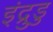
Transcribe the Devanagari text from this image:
इंद्रुडु